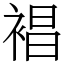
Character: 裮